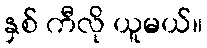
နှစ် ကီလို ယူမယ်။